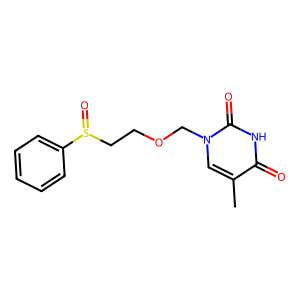
SMILES: Cc1cn(COCCS(=O)c2ccccc2)c(=O)[nH]c1=O
Inhibits HIV replication: No